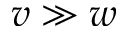
v \gg w